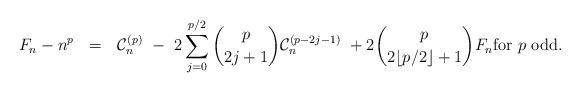
LaTeX: \begin{align*} F_n - n^p \ \ = \ \ \mathcal{C}_n^{(p)} \ - \ 2\sum_{j=0}^{p/2} \binom{p}{2j+1} \mathcal{C}_n^{(p-2j-1)} \ + 2 \binom{p}{2 \lfloor p/2 \rfloor + 1}F_n \mbox{for $p$ odd}.\end{align*}